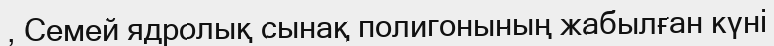
, Семей ядролық сынақ полигонының жабылған күні